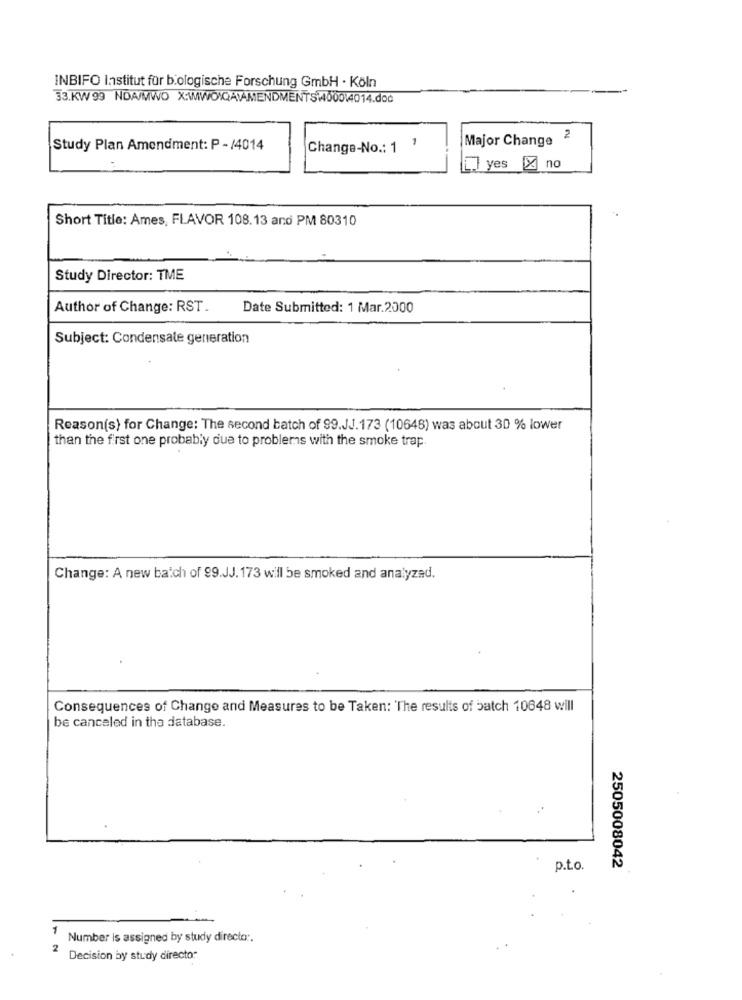
INBIFO Institut für biologische Forschung GmbH · Köln
33.KW 99 NDA/MWO X:\WOIQAMAMENDMENTS1400014014.doc
1
Major Change 2
Study Plan Amendment: P - /4014
Change-No .: 1
yes X no
Short Title: Ames, FLAVOR 108.13 and PM 80310
Study Director: TME
Author of Change: RST.
Date Submitted: 1 Mar.2000
Subject: Condensate generation
Reason(s) for Change: The second batch of 99.JJ.173 (10648) was about 30 % lower
than the first one probably due to problems with the smoke trap
Change: A new batch of 99.JJ. 173 will be smoked and analyzed.
Consequences of Change and Measures to be Taken: The results of batch 10648 will
be canceled in the database.
p.t.o.
2505008042
Number is assigned by study directo :.
2
Decision by study director